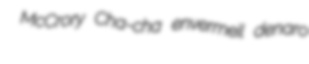
McCrory Cha-cha envermeil denaro